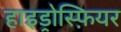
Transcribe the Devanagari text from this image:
हाइड्रोस्फ़ियर